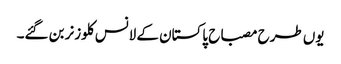
یوں طرح مصباح پاکستان کے لانس کلوزنر بن گئے۔